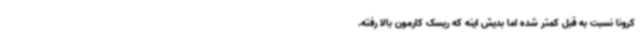
کرونا نسبت به قبل کمتر شده اما بدیش اینه که ریسک کارمون بالا رفته.